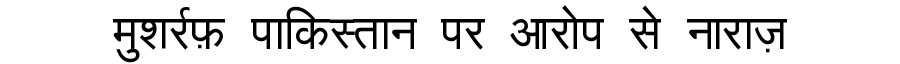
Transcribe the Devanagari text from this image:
मुशर्रफ़ पाकिस्तान पर आरोप से नाराज़